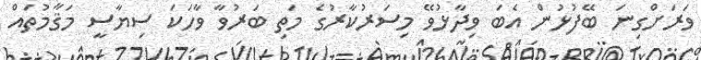
ވަރަށްގިނަ ބޭފުޅުން އެބަ ވިދާޅުވޭ މިސަރުކާރުގެ މަތި ބަރުވާ ވާހަކަ ސިޔާސީ މަޤާމުތައް